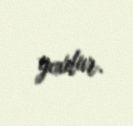
yoxdur.